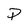
Character: P